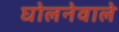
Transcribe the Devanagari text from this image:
घोलनेवाले